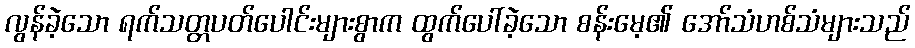
လွန်ခဲ့သော ရက်သတ္တပတ်ပေါင်းများစွာက ထွက်ပေါ်ခဲ့သော စန်းမေ့၏ အော်သံဟစ်သံများသည်